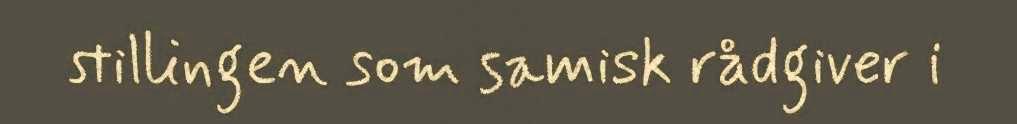
stillingen som samisk rådgiver i